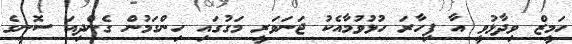
ހަމީޒް ވިދާޅުވީ އާ ފިހާރަ ހުޅުވުމާއެކު ޖަނަވަރީ މަގުގައި ހިންގަމުން ގެންދިއަ ސޮނީގެ